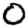
Digit: 0